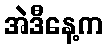
အဲဒီနေ့က